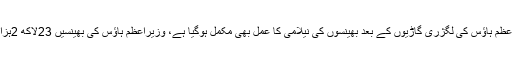
تفصیلات کے مطابق وزیراعظم ہاؤس کی لگژری گاڑیوں کے بعد بھینسوں کی نیلامی کا عمل بھی مکمل ہوگیا ہے، وزیراعظم ہاؤس کی بھینسیں 23لاکھ 2ہزار روپے میں فروخت ہوئیں۔